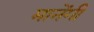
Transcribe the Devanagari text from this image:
मानेंगी